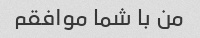
من با شما موافقم